system: You are a helpful assistant.
user:
Analyze the provided spectrum to determine if it is a **"Cataclysmic Variables (CV)"**.

- **Key Indicators for CV (Check for either state):**
    - **State 1: Quiescent / Low-State (Emission-Dominated)**
        - **(Primary):** Strong and *very broad* Hydrogen Balmer emission lines (e.g., $H\alpha$ at 6563 Å, $H\beta$ at 4861 Å). The 'broadness' (high velocity dispersion, often FWHM > 1000 km/s) is the key diagnostic, indicating a high-velocity accretion disk.
        - **(Secondary):** Broad neutral Helium (He I) emission lines (e.g., 5876 Å, 6678 Å).
        - **(Key Confirmation):** Presence of high-excitation *ionized* Helium (He II) emission at 4686 Å. This is a strong indicator of accretion onto a white dwarf.
        - **(Line Profile):** Emission lines may exhibit a 'double-peaked' profile, which is a classic signature of a rotating accretion disk viewed at high inclination.

    - **State 2: Outburst / High-State (Absorption-Dominated)**
        - **(Primary):** Spectrum is dominated by a bright, blue continuum (looks like a hot star).
        - **(Secondary):** The emission lines from State 1 are weak, absent, or 'filled in', and are replaced by broad, shallow *absorption* lines (primarily Balmer and He I).
        - **(Morphology):** The overall spectrum mimics a hot B/A-type star. The crucial difference is that the absorption lines are significantly broader, shallower, and more 'washed-out' (or 'smeared') than the sharp lines of a normal stellar photosphere, due to high rotational speeds and pressure broadening in the disk.

Think first, call **spectral_visualization_tool** if needed to examine features in detail, then provide your final answer. Your response must adhere to the following strict rules:
1.  **Overall Structure:** Your response must follow the format `<think>...</think> <tool_call>...</tool_call> (if a tool is used) <answer>...</answer>`.
2.  **Tool Usage Constraint:** You may only make **one** tool call per turn.
3.  **Final Answer Format:** In the `<answer>` tag, your conclusion must be inside a `\boxed{}` command (e.g., `\boxed{YES}`), followed by your justification.

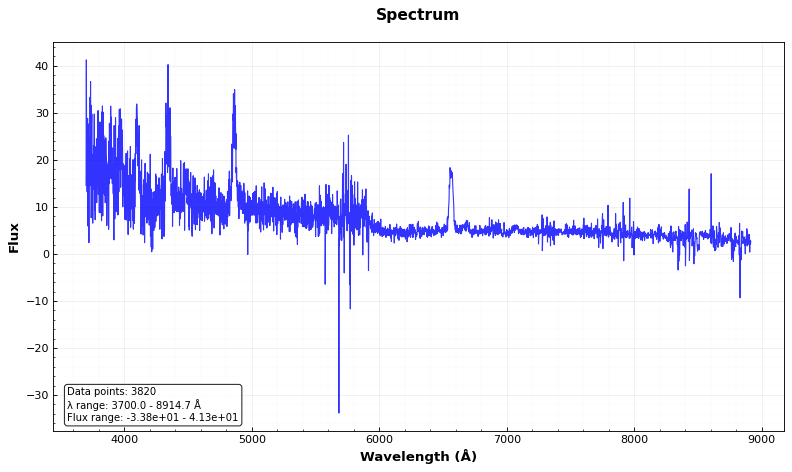
Answer: YES